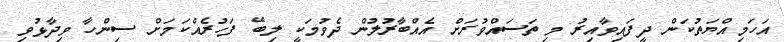
އަހަމިއްޔަތުކަން ދީފައިވާއިރު މި ތަސައްވުރަށް އެއްބާރުލުން ދެވުމަކީ ލިބޭ ފަހުރެއްކަމަށް ސިންހާ ވިދާޅުވި